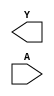
module sky130_fd_sc_hs__clkdlyinv3sd3 (
    Y,
    A
);

    output Y;
    input  A;

    // Voltage supply signals
    supply1 VPWR;
    supply0 VGND;

endmodule